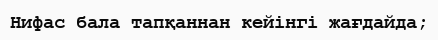
Нифас бала тапқаннан кейінгі жағдайда;